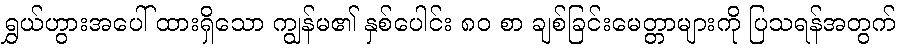
ရွှယ်ဟွားအပေါ် ထားရှိသော ကျွန်မ၏ နှစ်ပေါင်း ၈၀ စာ ချစ်ခြင်းမေတ္တာများကို ပြသရန်အတွက်